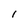
Character: i